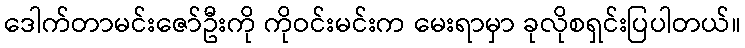
ဒေါက်တာမင်းဇော်ဦးကို ကိုဝင်းမင်းက မေးရာမှာ ခုလိုစရှင်းပြပါတယ်။